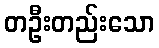
တဦးတည်းသော